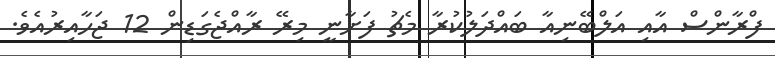
ފްރާންސް އާއި އަލްބޭނިއާ ބައްދަލުކުރާ މެޗު ފަށާނީ މިރޭ ރާއްޖެގަޑިން 12 ޖަހާއިރުއެވެ.